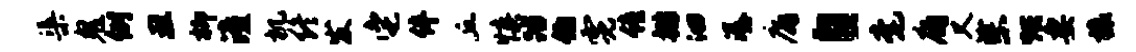
渠鬼例丑柳潼机终发它伴丘慎踏伯霓僮排洄潺庸自毫庸又柴烘妻榱